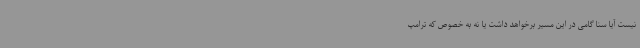
نیست آیا سنا گامی در این مسیر برخواهد داشت یا نه به خصوص که ترامپ